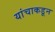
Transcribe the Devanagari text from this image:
यांचाकडून